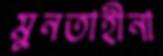
মুনতাহীনা